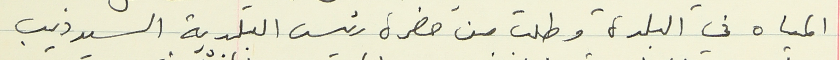
المياه في البلدة وطلب من حضرة رئيس البلدية السيد ديب